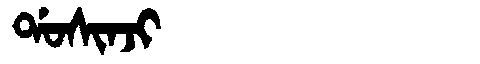
Manchu: ᡩᠣᠰᡳᠨᠵᡳ
Romanization: DOSINJI